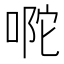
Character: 𭈪